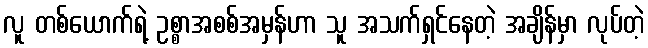
လူ တစ်ယောက်ရဲ့ ဥစ္စာအစစ်အမှန်ဟာ သူ အသက်ရှင်နေတဲ့ အချိန်မှာ လုပ်တဲ့